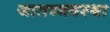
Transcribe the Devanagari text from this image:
जातव्यवस्था